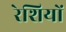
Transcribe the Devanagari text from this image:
रेशियों